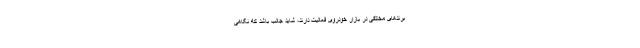
برندهای مختلفی در بازار خودروی فعالیت دارند، شاید جالب باشد که نگاهی